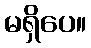
မရှိပေ။